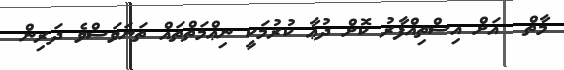
މާތް  އަށް އިސްތިޣްފާރު ކޮށް ދުޢާ ކުރުމަކީ ނިޢްމަތްތައް ތަނަވަސްވެ ދަރިން